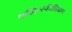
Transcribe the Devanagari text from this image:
कझिन्स्कीशिवाय